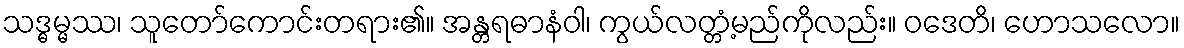
သဒ္ဓမ္မဿ၊ သူတော်ကောင်းတရား၏။ အန္တရဓာနံဝါ၊ ကွယ်လတ္တံ့မည်ကိုလည်း။ ဝဒေတိ၊ ဟောသလော။